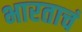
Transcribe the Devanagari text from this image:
भारताचं